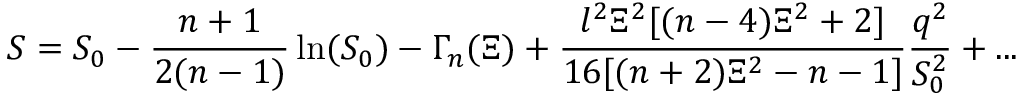
S = S _ { 0 } - \frac { n + 1 } { 2 ( n - 1 ) } \ln ( S _ { 0 } ) - \Gamma _ { n } ( \Xi ) + \frac { l ^ { 2 } \Xi ^ { 2 } [ ( n - 4 ) \Xi ^ { 2 } + 2 ] } { 1 6 [ ( n + 2 ) \Xi ^ { 2 } - n - 1 ] } \frac { q ^ { 2 } } { S _ { 0 } ^ { 2 } } + . . .